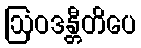
ဩဝဒန္တီတိပေ